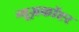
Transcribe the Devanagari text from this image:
न्यूज़कॉप्टर